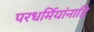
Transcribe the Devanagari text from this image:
परधर्मियांनाहि